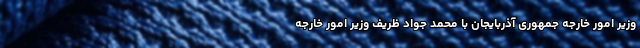
وزیر امور خارجه جمهوری آذربایجان با محمد جواد ظریف وزیر امور خارجه